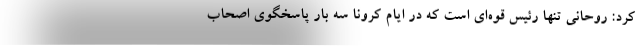
کرد: روحانی تنها رئیس قوه‌ای است که در ایام کرونا سه بار پاسخگوی اصحاب